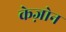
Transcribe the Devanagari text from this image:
केज़ोन